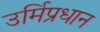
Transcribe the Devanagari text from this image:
उर्मिप्रधान